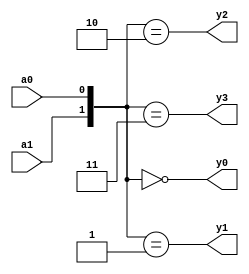
//decoder using comparator
module dec_comp(a0,a1,y0,y1,y2,y3);
  input  a0,a1;
  output  y0,y1,y2,y3;
  
  assign y0 = {{a1,a0} == 2'b00};
  assign y1 = {{a1,a0} == 2'b01};
  assign y2 = {{a1,a0} == 2'b10};
  assign y3 = {{a1,a0} == 2'b11};
  
endmodule